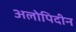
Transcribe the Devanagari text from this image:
अलोपिदीन